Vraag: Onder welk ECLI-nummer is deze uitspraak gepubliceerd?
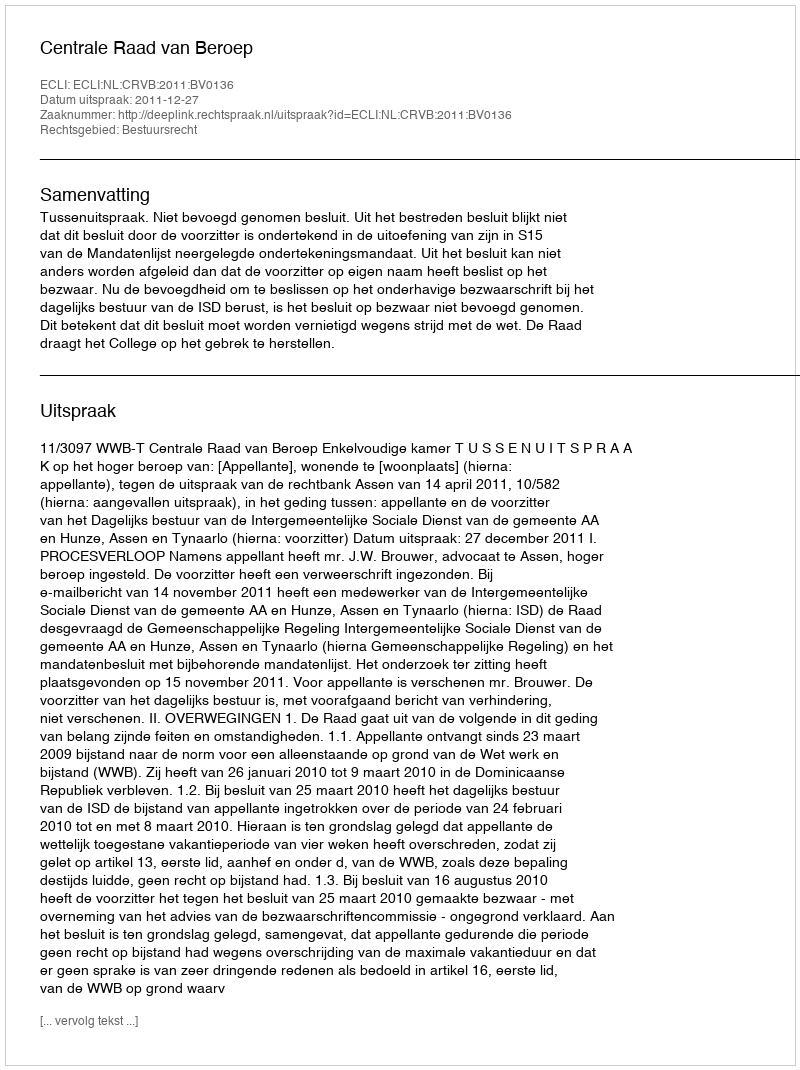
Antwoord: ECLI:NL:CRVB:2011:BV0136